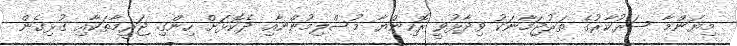
މިޔަންމާ ސަރުކާރުގެ ތަރުޖަމާނަކު ވިދާޅުވީ ރޮހިންޔާ މުސްލިމުންނާއި ދެކޮޅަށް ހިންގި ޖަރީމާތަކާއި ގުޅިގެން